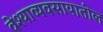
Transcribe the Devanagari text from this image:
वेश्याव्यवसायातील